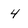
Character: 4